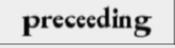
preceeding